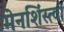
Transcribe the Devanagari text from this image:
मेनशिंस्त्वों